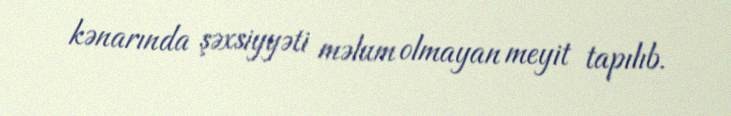
kənarında şəxsiyyəti məlum olmayan meyit tapılıb.